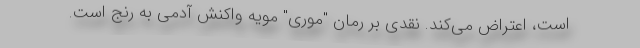
است، اعتراض می‌کند. نقدی بر رمان "موری" مویه واکنش آدمی به رنج است.